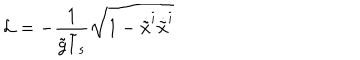
{ \cal L } = - \frac { 1 } { \tilde { g } \tilde { l } _ { s } } \sqrt { 1 - \dot { \tilde { x } } ^ { i } \dot { \tilde { x } } ^ { i } }